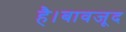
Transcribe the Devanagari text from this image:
है।बावजूद